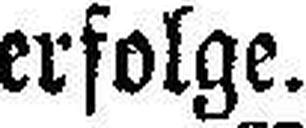
erfolge.